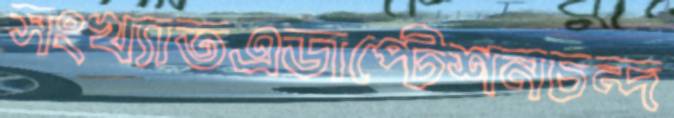
সংখ্যাতএডাপ্টেশনচন্দ